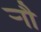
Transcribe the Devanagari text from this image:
र्‍ाौ